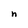
Character: n